Indian Civil Veterinary Department memoirs
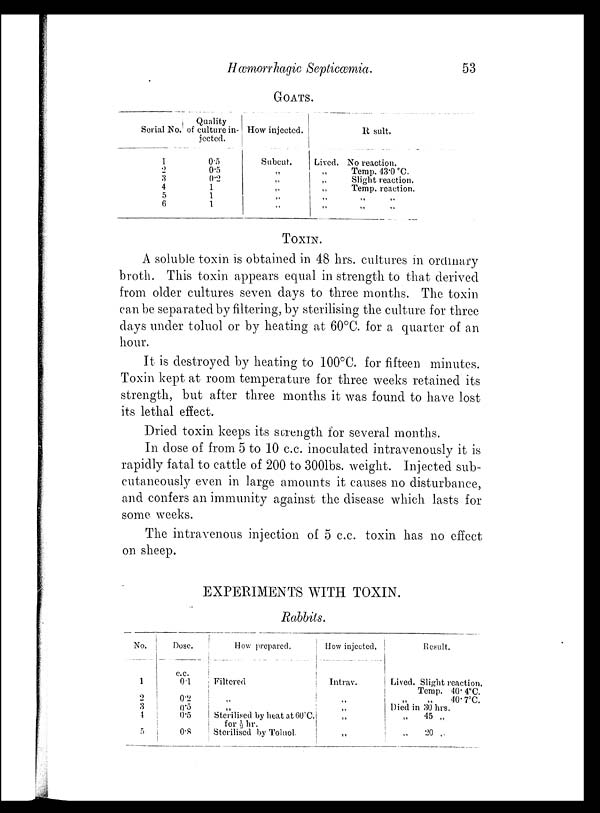
Hæmorrhagic Septicæmia.
53
GOATS.
Serial No.
1
2
3
4
5
6
Quality
of culture in-
jected.
0.5
0.5
0.2
1
1
1
How injected.
Subcut.
„
„
„
„
„
Result.
Lived.
„
„
„
„
„
No reaction.
Temp. 43.0 °C.
Slight reaction.
Temp. reaction.
„ „
„ „
TOXIN.
A soluble toxin is obtained in 48 hrs. cultures in ordinary
broth. This toxin appears equal in strength to that derived
from older cultures seven days to three months. The toxin
can be separated by filtering, by sterilising the culture for three
days under toluol or by heating at 60°C. for a quarter of an
hour.
It is destroyed by heating to 100°C. for fifteen minutes.
Toxin kept at room temperature for three weeks retained its
strength, but after three months it was found to have lost
its lethal effect.
Dried toxin keeps its strength for several months.
In dose of from 5 to 10 c.c. inoculated intravenously it is
rapidly fatal to cattle of 200 to 300lbs. weight. Injected sub-
cutaneously even in large amounts it causes no disturbance,
and confers an immunity against the disease which lasts for
some weeks.
The intravenous injection of 5 c.c. toxin has no effect
on sheep.
EXPERIMENTS WITH TOXIN.
Rabbits.
No.
1
2
3
4
5
Dose.
c.c.
0.1
0.2
0.5
0.5
0.8
How prepared.
Filtered
„
„
Sterilised by heat at 60°C.
for ½ hr.
Sterilised by Toluol.
How injected.
Intrav.
„
„
„
„
Result.
Lived. Slight reaction.
Temp. 40.4°C. „ „ 40.7°C.
Died in 30 hrs.
„ 45 „
„ 20 „